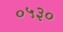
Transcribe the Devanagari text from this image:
०५३०